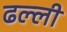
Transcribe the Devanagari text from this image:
ढल्ली